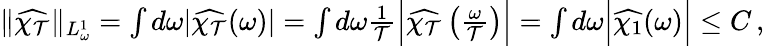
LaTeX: \begin{array}{r}{\| \widehat{\chi_{\mathcal{T}}}\| _{L_{\omega}^{1}}=\int d\omega|\widehat{\chi_{\mathcal{T}}}(\omega)|=\int d\omega\frac{1}{{\mathcal{T}}}\Big|\widehat{\chi_{\mathcal{T}}}\left(\frac{\omega}{{\mathcal{T}}}\right)\Big|=\int d\omega\Big|\widehat{\chi_{1}}(\omega)\Big|\leq C\, ,}\end{array}